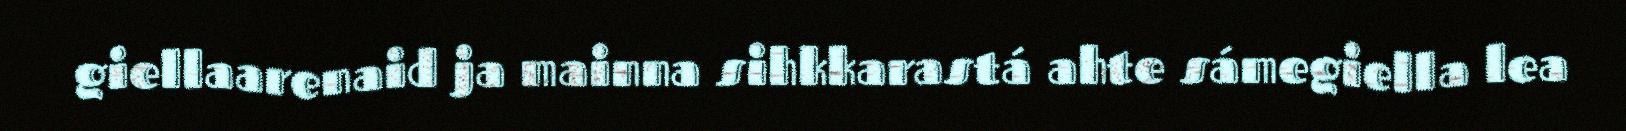
giellaarenaid ja mainna sihkkarastá ahte sámegiella lea